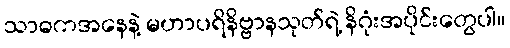
သာဓကအနေနဲ့ မဟာပရိနိဗ္ဗာနသုတ်ရဲ့ နိဂုံးအပိုင်းတွေပါ။